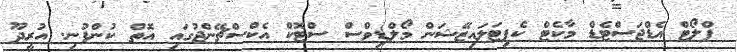
ފްލޯޓް އެޑްޖަސްޓެޑް މާކެޓް ކެޕިޓަލައިޒޭޝަން މޯލްޑިވްސް ސްޓޮކް އެކްސްޗޭންޖުގައި އޮތް ކުންފުނި. އުރީދޫ